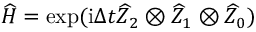
\widehat { H } = \exp ( \mathrm { i } \Delta t \widehat { Z } _ { 2 } \otimes \widehat { Z } _ { 1 } \otimes \widehat { Z } _ { 0 } )